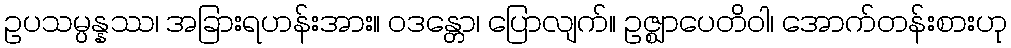
ဥပသမ္ပန္နဿ၊ အခြားရဟန်းအား။ ဝဒန္တော၊ ပြောလျက်။ ဥဇ္ဈာပေတိဝါ၊ အောက်တန်းစားဟု